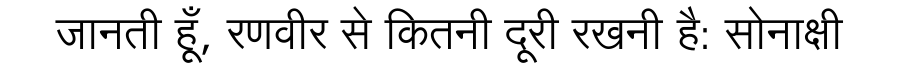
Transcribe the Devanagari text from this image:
जानती हूँ, रणवीर से कितनी दूरी रखनी है: सोनाक्षी